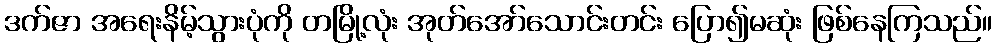
ဒက်ဇာ အရေးနိမ့်သွားပုံကို တမြို့လုံး အုတ်အော်သောင်းတင်း ပြော၍မဆုံး ဖြစ်နေကြသည်။